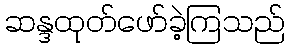
ဆန္ဒထုတ်ဖော်ခဲ့ကြသည်